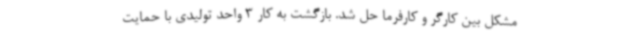
مشکل بین کارگر و کارفرما حل شد. بازگشت به کار 3 واحد تولیدی با حمایت